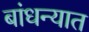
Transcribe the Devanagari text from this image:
बांधन्यात